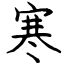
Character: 寒